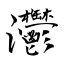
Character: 灪